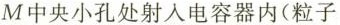
M中央小孔处射入电容器内(粒子